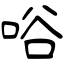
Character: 唂